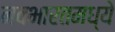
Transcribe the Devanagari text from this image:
नवभारतमध्ये